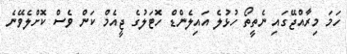
ހަމަ މިރާއްޖޭގައި ނެތީތޯ ހުޅުލެ އައިލެންޑް ހޮޓަލުގެ ޖީއެމް ކަން ވެސް ކޮށްލެވޭނެ